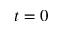
t = 0